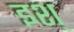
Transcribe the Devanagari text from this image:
इश्